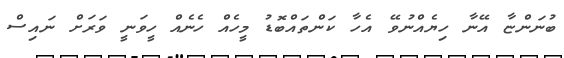
ބުނަންޏާ އޭނާ ހިޔެއްނުވޭ އެހާ ކަންތައްބޮޑު މީހެއް ހެނެއް ހީވަނީ ވަރަށް ނައިސް